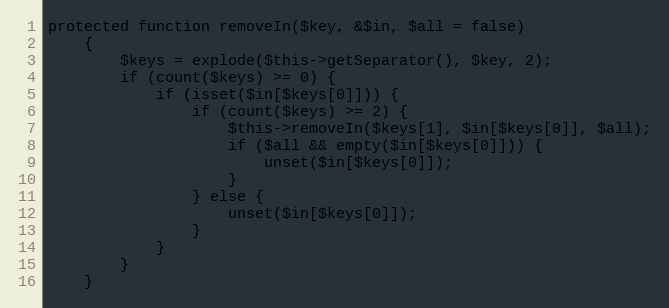
Language: PHP
protected function removeIn($key, &$in, $all = false)
    {
        $keys = explode($this->getSeparator(), $key, 2);
        if (count($keys) >= 0) {
            if (isset($in[$keys[0]])) {
                if (count($keys) >= 2) {
                    $this->removeIn($keys[1], $in[$keys[0]], $all);
                    if ($all && empty($in[$keys[0]])) {
                        unset($in[$keys[0]]);
                    }
                } else {
                    unset($in[$keys[0]]);
                }
            }
        }
    }